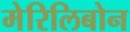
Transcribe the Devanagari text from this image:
मेरिलिबोन